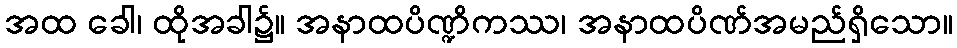
အထ ခေါ၊ ထိုအခါ၌။ အနာထပိဏ္ဍိကဿ၊ အနာထပိဏ်အမည်ရှိသော။